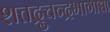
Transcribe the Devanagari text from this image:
शतद्रुचन्द्रभागाद्या